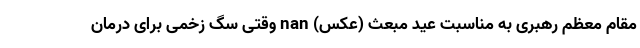
مقام معظم رهبری به مناسبت عید مبعث (عکس) nan وقتی سگ زخمی برای درمان